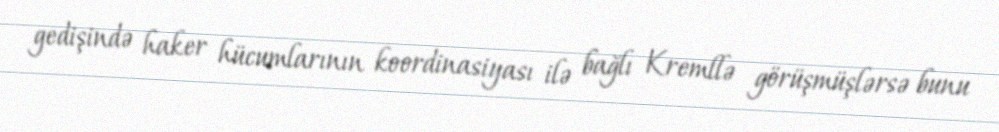
gedişində haker hücumlarının koordinasiyası ilə bağlı Kremllə görüşmüşlərsə bunu